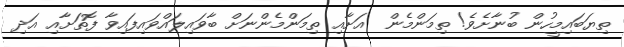
ތިޔަބައިމީހުން ބުނާށެވެ! ތިމަންމެން  އަށާއި ތިމަންމެންނަށް ބާވައިލައްވައިފައިވާ ފޮތަށާއި އަދި